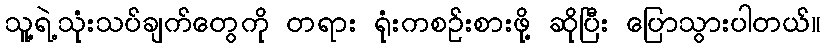
သူ့ရဲ့သုံးသပ်ချက်တွေကို တရား ရုံးကစဉ်းစားဖို့ ဆိုပြီး ပြောသွားပါတယ်။